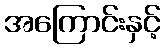
အကြောင်းနှင့်